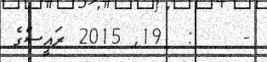
-    :  19